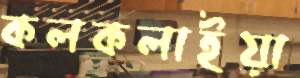
কলকলাইয়া